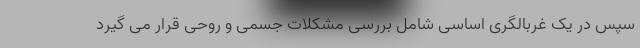
سپس در یک غربالگری اساسی شامل بررسی مشکلات جسمی و روحی قرار می گیرد